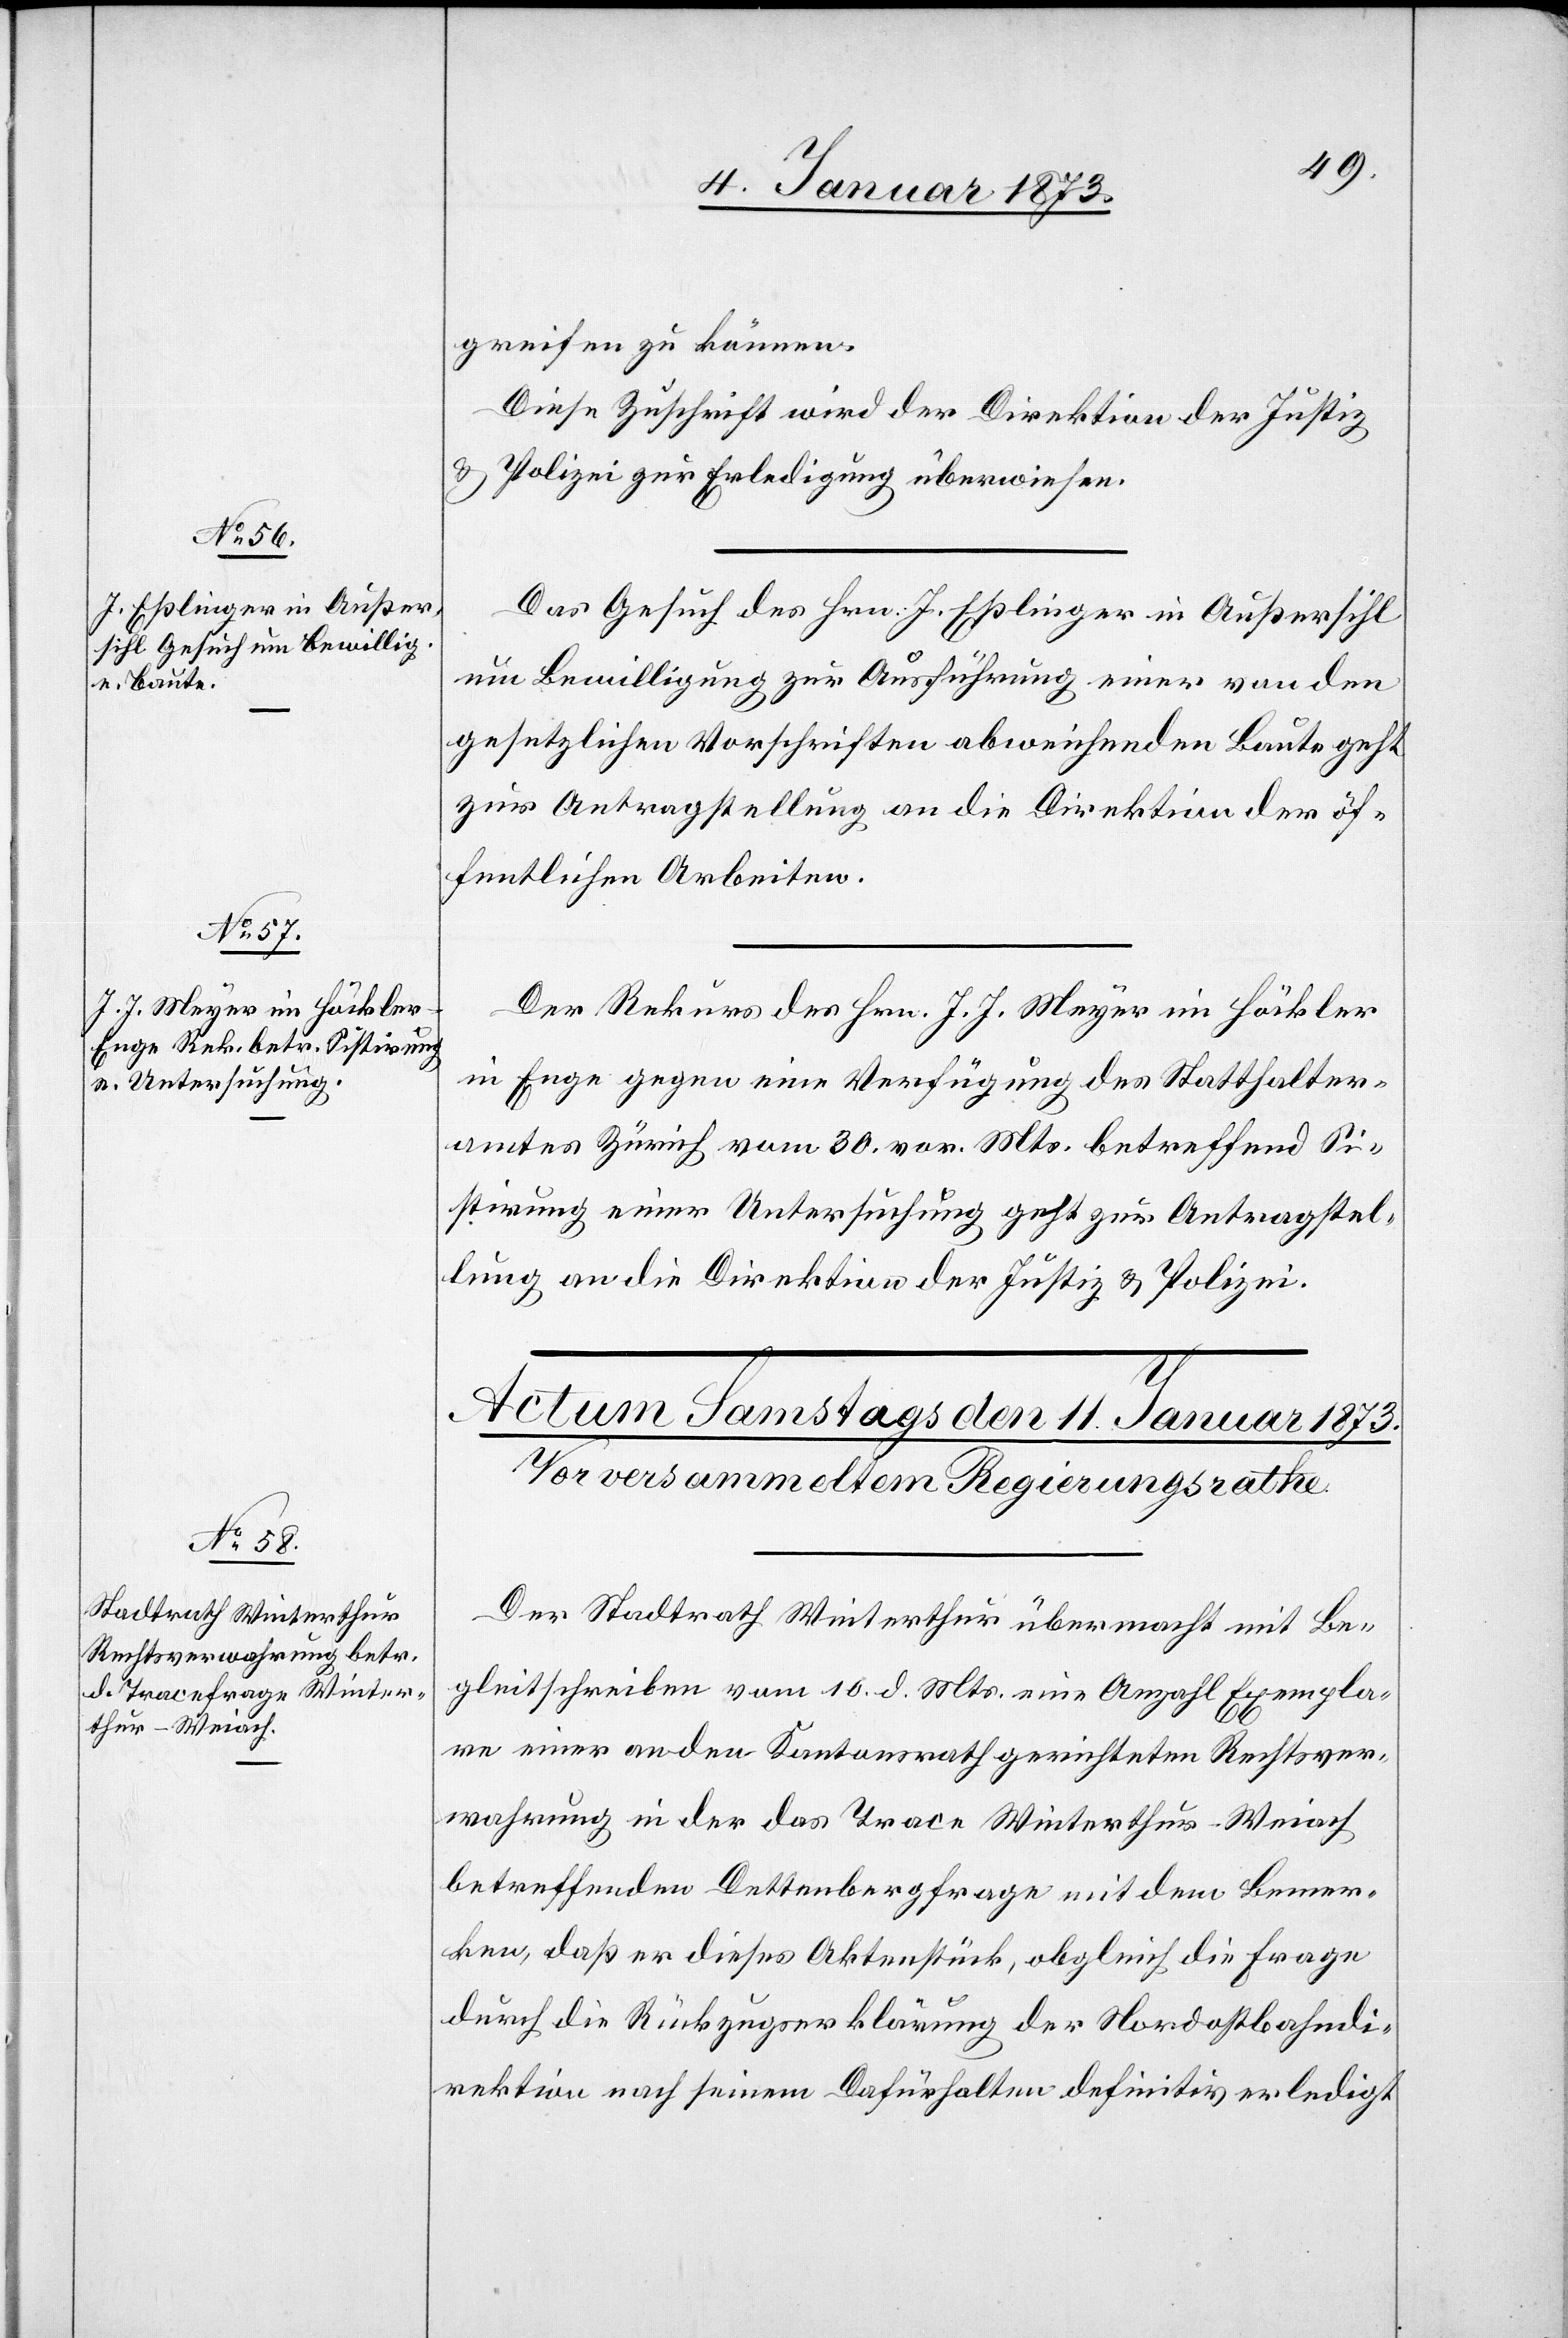
10. Januar 1873.]
greifen zu können.
Diese Zuschrift wird der Direktion der Justiz
u. Polizei zur Erledigung überwiesen.
Das Gesuch des Hrn. J. Eßlinger in Außersihl
um Bewilligung zur Ausführung einer von den
gesetzlichen Vorschriften abweichenden Baute geht
zur Antragstellung an die Direktion der öf¬
fentlichen Arbeiten.
Der Rekurs des Hrn. J. J. Meyer im Höckler
in Enge gegen eine Verfügung des Statthalter¬
amtes Zürich vom 30. vor. Mts. betreffend Si¬
stirung einer Untersuchung geht zur Antragstel¬
lung an die Direktion der Justiz & Polizei.
Der Stadtrath Winterthur übermacht mit Be¬
gleitschreiben vom 10. d. Mts. eine Anzahl Exempla¬
re einer an den Kantonsrath gerichteten Rechtsver¬
wahrung in der das Trace Winterthur–Weiach
betreffenden Dettenbergfrage mit dem Bemer¬
ken, daß er dieses Aktenstück, obgleich die Frage
durch die Rückzugserklärung der Nordostbahndi¬
rektion nach seinem Dafürhalten definitiv erledigt